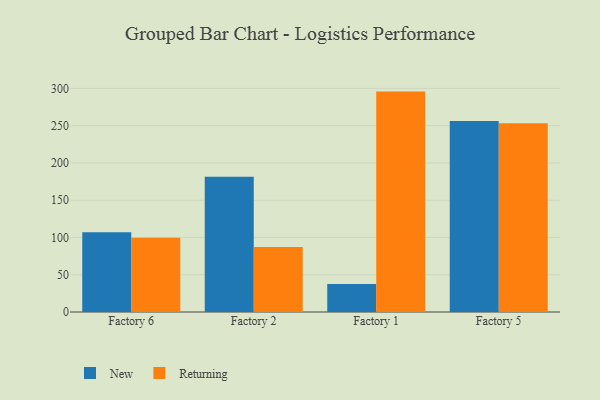
{"axis": {"x": "Factory", "y": "Humidity (%)"}, "legend": ["New", "Returning"], "data": [{"x": "Factory 6", "y": 106.9, "type": "New"}, {"x": "Factory 6", "y": 99.6, "type": "Returning"}, {"x": "Factory 2", "y": 181.5, "type": "New"}, {"x": "Factory 2", "y": 87.1, "type": "Returning"}, {"x": "Factory 1", "y": 37.4, "type": "New"}, {"x": "Factory 1", "y": 295.7, "type": "Returning"}, {"x": "Factory 5", "y": 256.2, "type": "New"}, {"x": "Factory 5", "y": 253.1, "type": "Returning"}]}